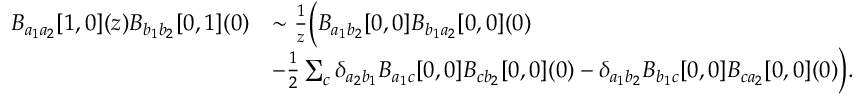
\begin{array} { r l } { B _ { a _ { 1 } a _ { 2 } } [ 1 , 0 ] ( z ) B _ { b _ { 1 } b _ { 2 } } [ 0 , 1 ] ( 0 ) } & { \sim \frac { 1 } { z } \Bigl ( B _ { a _ { 1 } b _ { 2 } } [ 0 , 0 ] B _ { b _ { 1 } a _ { 2 } } [ 0 , 0 ] ( 0 ) } \\ & { - \frac { 1 } { 2 } \sum _ { c } \delta _ { a _ { 2 } b _ { 1 } } B _ { a _ { 1 } c } [ 0 , 0 ] B _ { c b _ { 2 } } [ 0 , 0 ] ( 0 ) - \delta _ { a _ { 1 } b _ { 2 } } B _ { b _ { 1 } c } [ 0 , 0 ] B _ { c a _ { 2 } } [ 0 , 0 ] ( 0 ) \Bigr ) . } \end{array}